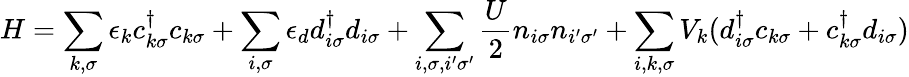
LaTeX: H=\sum_{k,\sigma}\epsilon_{k}c_{k\sigma}^{\dagger}c_{k\sigma}+\sum_{i,\sigma}\epsilon_{d}d_{i\sigma}^{\dagger}d_{i\sigma}+\sum_{i,\sigma,i^{\prime}\sigma^{\prime}}{\frac{U}{2}}n_{i\sigma}n_{i^{\prime}\sigma^{\prime}}+\sum_{i,k,\sigma}V_{k}(d_{i\sigma}^{\dagger}c_{k\sigma}+c_{k\sigma}^{\dagger}d_{i\sigma})